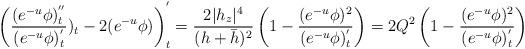
LaTeX: \begin{align*}\left(\frac{(e^{-u}\phi)_t^{''}}{(e^{-u}\phi)_t^{'}})_t-2(e^{-u}\phi)\right)^{'}_t=\frac{2|h_z|^4}{(h+\bar{h})^2}\left(1-\frac{(e^{-u}\phi)^2}{(e^{-u}\phi)_t^{'}}\right)=2Q^2\left(1-\frac{(e^{-u}\phi)^2}{(e^{-u}\phi)_t^{'}}\right)\end{align*}